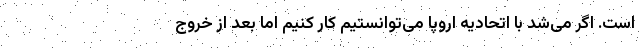
است. اگر می‌شد با اتحادیه اروپا می‌توانستیم کار کنیم اما بعد از خروج